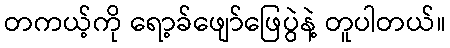
တကယ့်ကို ရော့ခ်ဖျော်ဖြေပွဲနဲ့ တူပါတယ်။